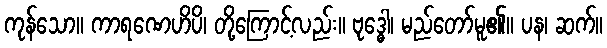
ကုန်သော။ ကာရဏေဟိပိ၊ တို့ကြောင့်လည်း။ ဗုဒ္ဓေါ၊ မည်တော်မူ၏။ ပန၊ ဆက်။